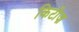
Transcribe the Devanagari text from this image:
किटीज़